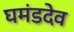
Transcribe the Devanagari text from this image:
घमंडदेव